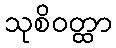
သုစိဝတ္ထာ